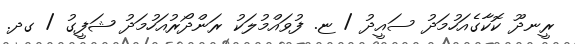
ރީނދޫ ކޮކާގެއަހުމަދު ސައީދު / ޏ. ފުވައްމުލަކު ރަންދޯރުއަހުމަދު ޝަފީގު / ގދ.